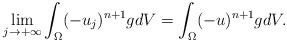
LaTeX: \begin{align*} \lim_{j \to + \infty} \int_\Omega (- u_j)^{n+1} g d V = \int_\Omega (-u)^{n+1} g d V. \end{align*}